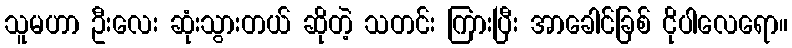
သူမဟာ ဦးလေး ဆုံးသွားတယ် ဆိုတဲ့ သတင်း ကြားပြီး အာခေါင်ခြစ် ငိုပါလေရော။